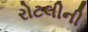
રોટલીની